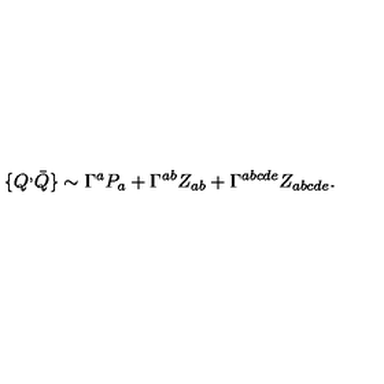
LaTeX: \{ Q ^ { , } \bar { Q } \} \sim \Gamma ^ { a } P _ { a } + \Gamma ^ { a b } Z _ { a b } + \Gamma ^ { a b c d e } Z _ { a b c d e } .